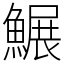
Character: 䱼